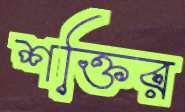
শক্তির